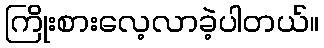
ကြိုးစားလေ့လာခဲ့ပါတယ်။